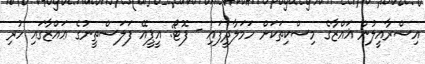
އިސްރާއީލުން ޣައްޒާގެ މިސްކިތަކަށް ހަމަލާދީފައި - ފޮޓޯ: އީޕީއޭ ފަލަސްތީނުގެ ޢައްޒާގައި ހުރި